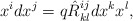
\begin{align*}x^idx^j=q\hat R^{ij}_{kl}dx^k x^l , \end{align*}